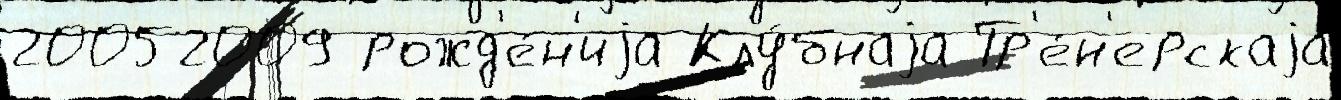
20052009 рожд'е́н'иjа Клу́бнаjа Тр'е́н'ерскаjа